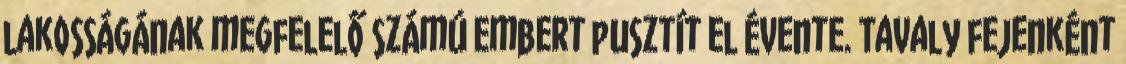
lakosságának megfelelő számú embert pusztít el évente. Tavaly fejenként